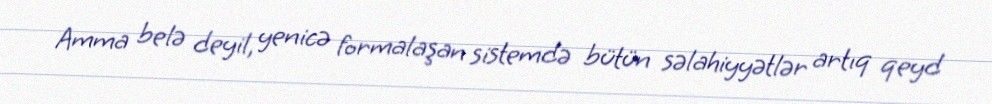
Amma belə deyil, yenicə formalaşan sistemdə bütün səlahiyyətlər artıq qeyd